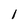
Character: l